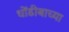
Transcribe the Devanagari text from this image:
धोंडीबाच्या